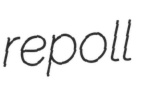
repoll